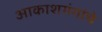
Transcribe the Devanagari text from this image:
आकाशगंगांचे